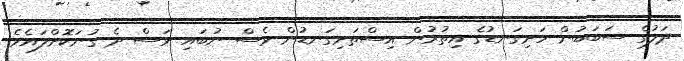
ދަލުގެ ސަބަބުން ހަށިގަނޑުގެ އިތުރުން އިސްތަށިގަނޑުން ވެސް ނުބައި ވަސް ދެ ގުނަކޮށްލައެވެ.